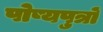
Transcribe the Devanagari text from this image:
पोष्यपुत्रों